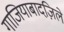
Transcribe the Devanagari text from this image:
गाजियाबादज़िले